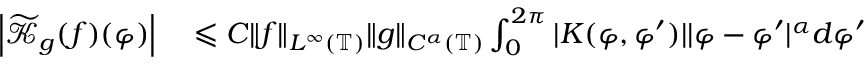
\begin{array} { r l } { \left| \widetilde { \mathcal { K } } _ { g } ( f ) ( \varphi ) \right| } & { { } \leqslant C \| f \| _ { L ^ { \infty } ( \mathbb { T } ) } \| g \| _ { C ^ { \alpha } ( \mathbb { T } ) } \int _ { 0 } ^ { 2 \pi } | K ( \varphi , \varphi ^ { \prime } ) | | \varphi - \varphi ^ { \prime } | ^ { \alpha } d \varphi ^ { \prime } } \end{array}